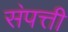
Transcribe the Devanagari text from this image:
स॓पत्ती